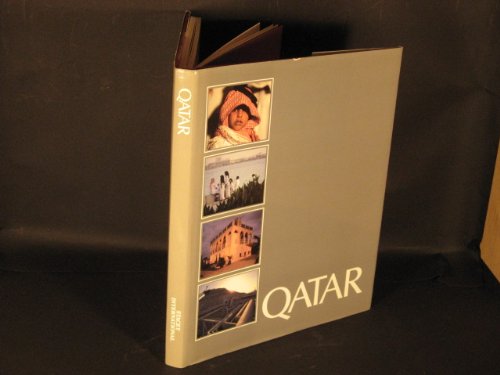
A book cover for Qatar; Martin Caiger-Smith; History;